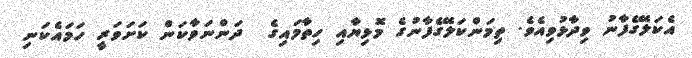
އެކަލޭގެފާނު ވިދާޅުވިއެވެ. ތިމަންކަލޭގެފާނުގެ މޮޅިޔާއި ހިތާމައިގެ  ދަންނަވާކަން ކަށަވަރީ ހަމައެކަނި